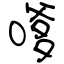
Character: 嗲